Annual report of the Bengal Veterinary College and of the Civil Veterinary Department, Bengal, for the year 1915-16 - 1915-1916
Year: 1915
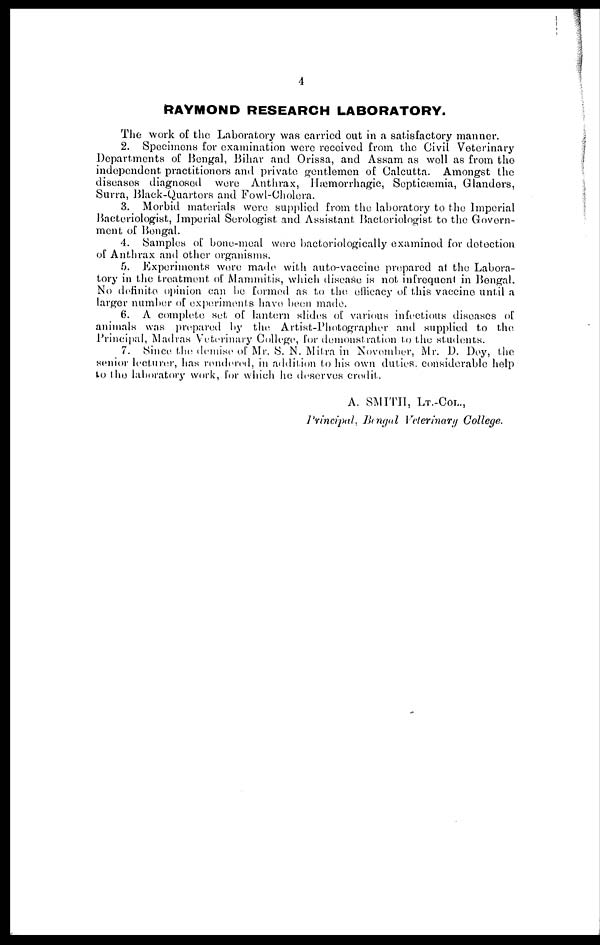
4
RAYMOND RESEARCH LABORATORY.
The work of the Laboratory was carried out in a satisfactory manner.
2. Specimens for examination were received from the Civil Veterinary
Departments of Bengal, Bihar and Orissa, and Assam as well as from the
independent practitioners and private gentlemen of Calcutta. Amongst the
diseases diagnosed were Anthrax, Hæmorrhagic, Septicæmia, Glanders,
Surra, Black-Quartors and Fowl-Cholera.
3. Morbid materials were supplied from the laboratory to the Imperial
Bacteriologist, Imperial Serologist and Assistant Bactoriologist to the Govern-
ment of Bengal.
4. Samples of bone-meal were bactoriologically examined for detection
of Anthrax and other organisms.
5. Experiments wore made with auto-vaccine prepared at the Labora-
tory in the treatment of Mammitis, which disease is not infrequent in Bengal.
No definite opinion can be formed as to the efficacy of this vaccine until a
larger number of experiments have been made.
6. A complete set of lantern slides of various infectious diseases of
animals was prepared by the Artist-Photographer and supplied to the
Principal, Madras Veterinary College, for demonstration to the students.
7. Since the demise of Mr. S. N. Mitra in November, Mr. D. Dey, the
senior lecturer, has rondered, in addition to his own duties, considerable help
to the laboratory work, for which he deserves credit.
A. SMITH, LT.-COL.,
Principal, Bengal Veterinary College.